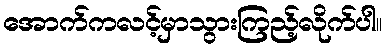
အောက်ကလင့်မှာသွားကြည့်လိုက်ပါ။